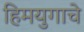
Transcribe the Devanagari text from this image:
हिमयुगाचे